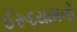
ઈરૂદયામનો